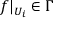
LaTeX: f | _ { U _ { i } } \in \Gamma